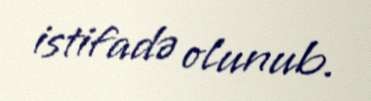
istifadə olunub.